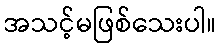
အသင့်မဖြစ်သေးပါ။